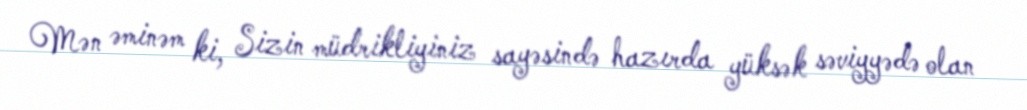
Mən əminəm ki, Sizin müdrikliyiniz sayəsində hazırda yüksək səviyyədə olan